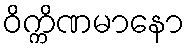
ဝိက္ကိဏမာနော